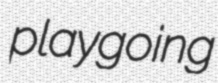
playgoing